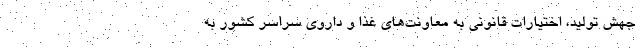
جهش تولید، اختیارات قانونی به معاونت‌های غذا و داروی سراسر کشور به